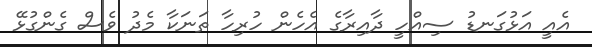
އެއީ އަޅުގަނޑު ސިއްހީ ދާއިރާގެ އެހެން ހުރިހާ ތަނަކާ މެދު ވެސް ގެންގުޅޭ